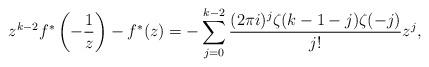
LaTeX: \begin{align*} z^{k - 2} f^{\ast} \left(- \frac{1}{z} \right) - f^{\ast} (z) = - \sum_{j = 0}^{k - 2} \frac{(2 \pi i)^j \zeta (k - 1 - j) \zeta (- j)}{j!} z^j, \end{align*}